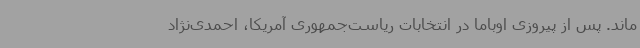
ماند. پس از پیروزی اوباما در انتخابات ریاست‌جمهوری آمریکا، احمدی‌نژاد